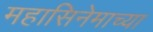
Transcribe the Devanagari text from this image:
महासिनेमाच्या